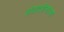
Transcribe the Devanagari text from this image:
संवादहीनतेच्या